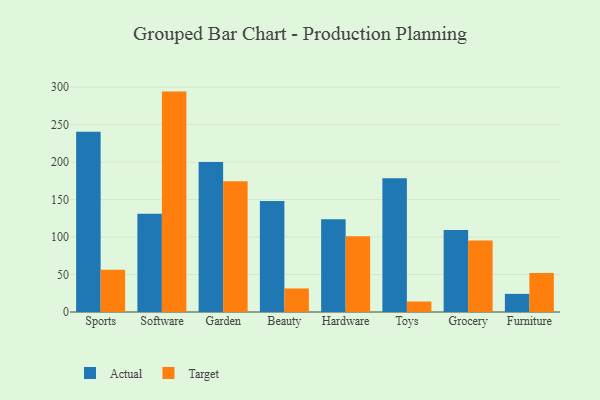
{"axis": {"x": "Category", "y": "Headcount"}, "legend": ["Actual", "Target"], "data": [{"x": "Sports", "y": 240.5, "type": "Actual"}, {"x": "Sports", "y": 56.5, "type": "Target"}, {"x": "Software", "y": 131.1, "type": "Actual"}, {"x": "Software", "y": 294.0, "type": "Target"}, {"x": "Garden", "y": 200.0, "type": "Actual"}, {"x": "Garden", "y": 174.5, "type": "Target"}, {"x": "Beauty", "y": 148.2, "type": "Actual"}, {"x": "Beauty", "y": 31.4, "type": "Target"}, {"x": "Hardware", "y": 123.7, "type": "Actual"}, {"x": "Hardware", "y": 101.0, "type": "Target"}, {"x": "Toys", "y": 178.3, "type": "Actual"}, {"x": "Toys", "y": 14.0, "type": "Target"}, {"x": "Grocery", "y": 109.5, "type": "Actual"}, {"x": "Grocery", "y": 95.5, "type": "Target"}, {"x": "Furniture", "y": 24.2, "type": "Actual"}, {"x": "Furniture", "y": 51.9, "type": "Target"}]}